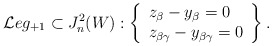
\begin{align*}\mathcal{L}eg_{+1}\subset J^2_n(W):\left\{\begin{array}{l} z_\beta-y_\beta=0\\ z_{\beta\gamma}-y_{\beta\gamma}=0\end{array}\right\}.\end{align*}